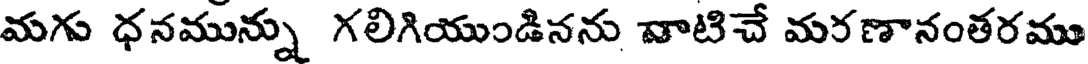
మగు ధనమున్ను గలిగియుండినను వాటిచే మరణానంతరము